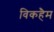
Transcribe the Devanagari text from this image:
विकहैम